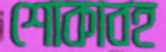
শোকাবহ